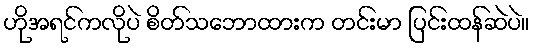
ဟိုအရင်ကလိုပဲ စိတ်သဘောထားက တင်းမာ ပြင်းထန်ဆဲပဲ။